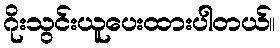
ဂိုးသွင်းယူပေးထားပါတယ်။